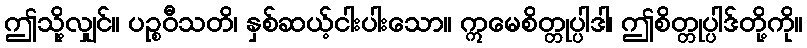
ဤသို့လျှင်။ ပဉ္စဝီသတိ၊ နှစ်ဆယ့်ငါးပါးသော။ ဣမေစိတ္တုပ္ပါဒါ၊ ဤစိတ္တုပ္ပါဒ်တို့ကို။